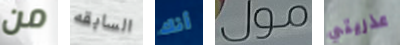
من السابقه أنك مول عذريتي